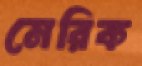
মেরিক